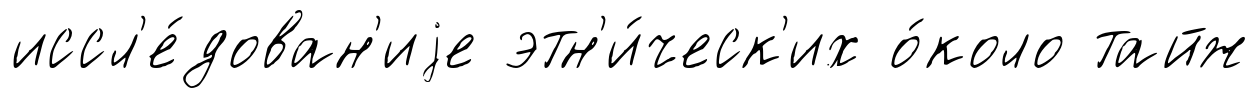
иссл'е́дован'иjе этн'и́ческ'их о́коло тайж